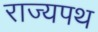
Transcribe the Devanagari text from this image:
राज्यपथ